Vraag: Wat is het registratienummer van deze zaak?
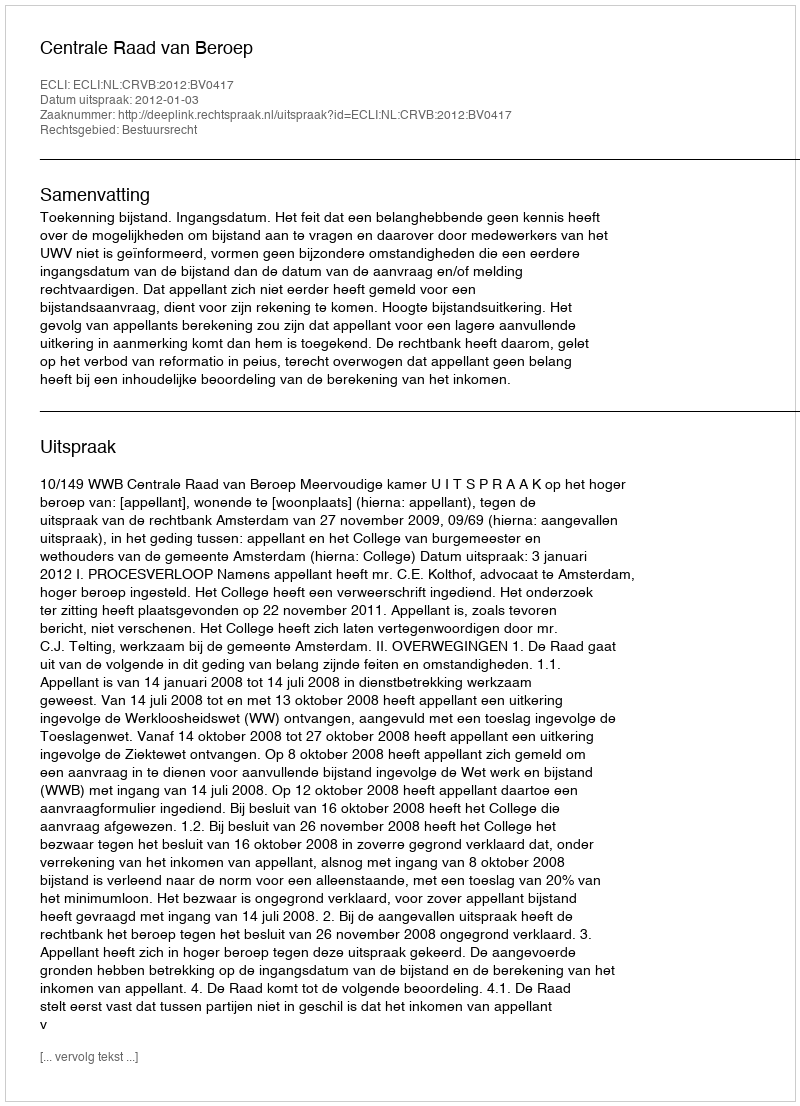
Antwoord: http://deeplink.rechtspraak.nl/uitspraak?id=ECLI:NL:CRVB:2012:BV0417